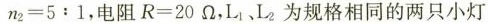
n_{2}=5:1，电阻R=20\Omega ，L_{1}、L_{2}为规格相同的两只小灯